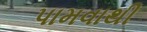
પામવાથી